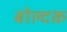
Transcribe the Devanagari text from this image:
बोल्दक